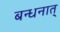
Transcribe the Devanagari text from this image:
बन्धनात्